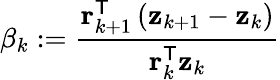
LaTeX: \beta_{k}:={\frac{\mathbf{r}_{k+1}^{\mathsf{T}}\left(\mathbf{z}_{k+1}-\mathbf{z}_{k}\right)}{\mathbf{r}_{k}^{\mathsf{T}}\mathbf{z}_{k}}}